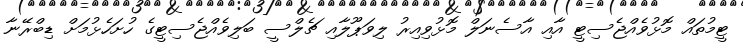
ޓީމުތައް މޮޅުވެއްޖެސިޓީ އާއި އާސެނަލް މޮޅުވިއިރު ލިވަޕޫލާއި ޗެލްސީ ބަލިވެއްޖެސިޓީގެ ހުށަހެޅުމަށް ޑިބްރޭނާ